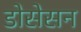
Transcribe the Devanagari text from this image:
डोसेसन